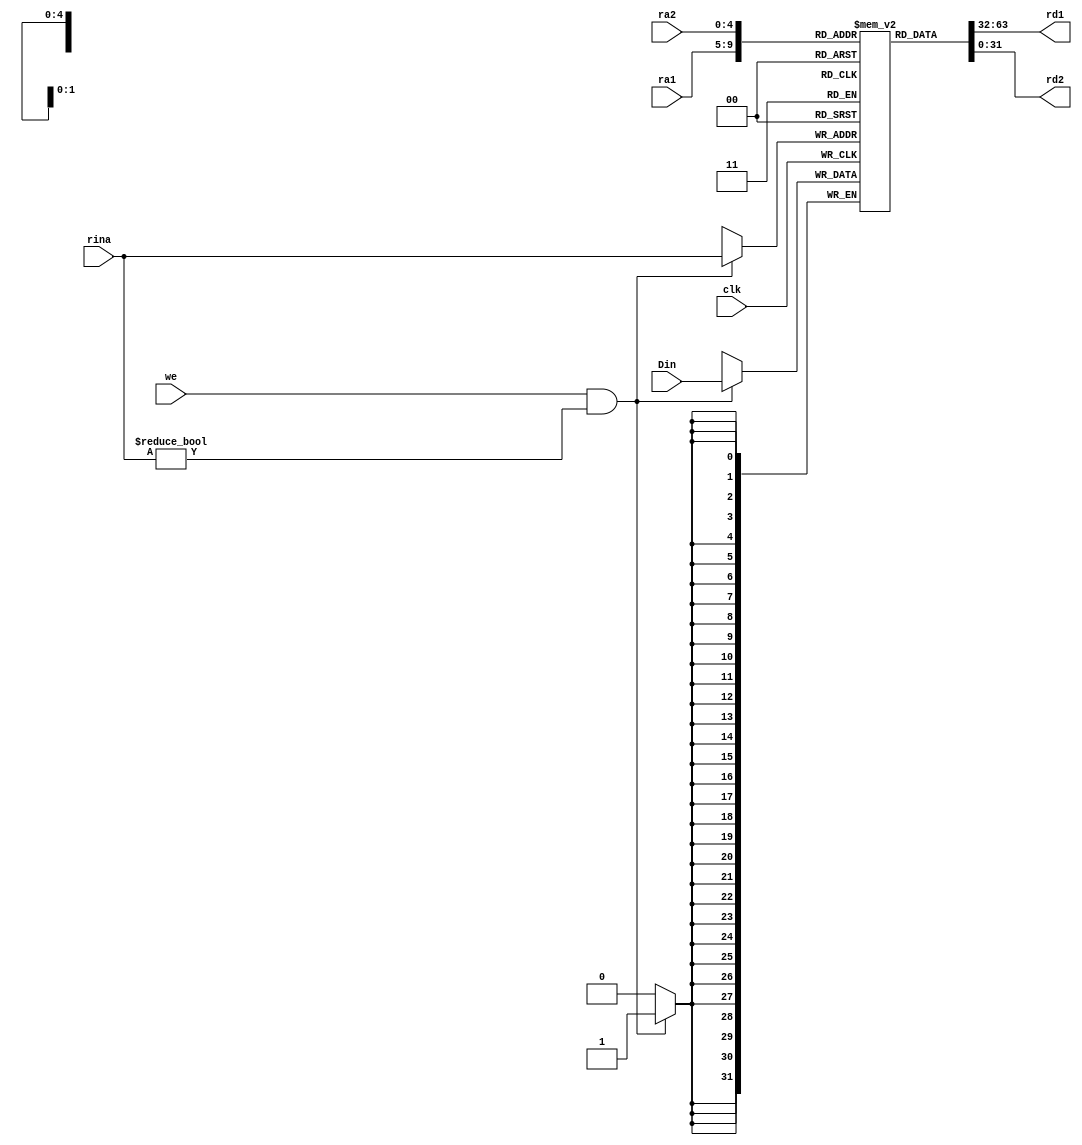
`timescale 1ns / 1ps
//////////////////////////////////////////////////////////////////////////////////
// Company: 
// Engineer: 
// 
// Design Name: 
// Module Name: Regfile
// Project Name: 
// Target Devices: 
// Tool Versions: 
// Description: 
// 
// Dependencies: 
// 
// Revision:
// Revision 0.01 - File Created
// Additional Comments:
// 
//////////////////////////////////////////////////////////////////////////////////

// 
// clkwe1ra1 5bits2ra2 5bitsrina 5bitsDin 32bits
// 1rd1 32bits2rd2 32bits
module Regfile(clk, we, ra1, ra2, rina, Din, rd1, rd2);
    input clk, we;
    input [4:0] ra1, ra2, rina;
    input [31:0] Din;
    output [31:0] rd1, rd2;
    
    integer i;
    reg [31:0] state[0:31]; // 
    initial begin
        for(i = 0; i < 32; i = i+1) begin
            state[i] <= 0;
        end
    end
    
    always @(posedge clk) begin
        if (we && rina != 0)
            state[rina] = Din;
    end
    assign rd1 = state[ra1];
    assign rd2 = state[ra2];
endmodule